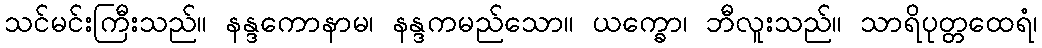
သင်မင်းကြီးသည်။ နန္ဒကောနာမ၊ နန္ဒကမည်သော။ ယက္ခော၊ ဘီလူးသည်။ သာရိပုတ္တထေရံ၊